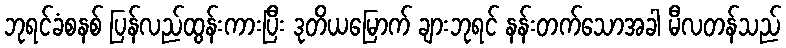
ဘုရင်ခံစနစ် ပြန်လည်ထွန်းကားပြီး ဒုတိယမြောက် ချားဘုရင် နန်းတက်သောအခါ မီလတန်သည်